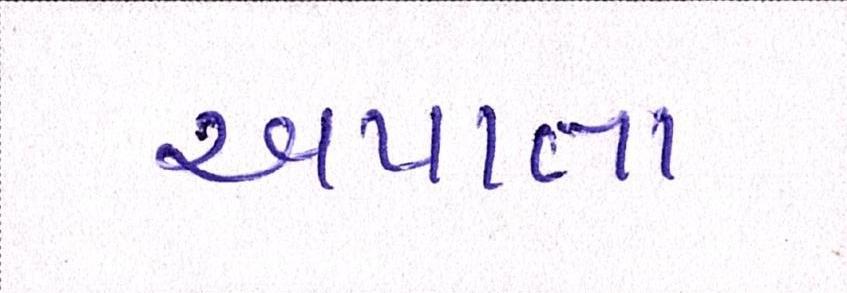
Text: અપાતા